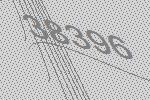
38396